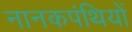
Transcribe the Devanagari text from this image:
नानकपंथियों